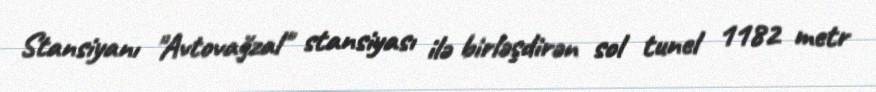
Stansiyanı "Avtovağzal" stansiyası ilə birləşdirən sol tunel 1182 metr